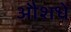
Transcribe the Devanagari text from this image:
औशधे